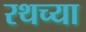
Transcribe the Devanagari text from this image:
रथच्या